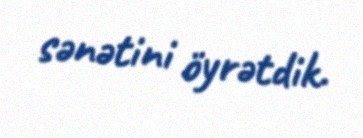
sənətini öyrətdik.